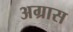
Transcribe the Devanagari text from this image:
अग्रास